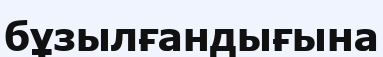
бұзылғандығына